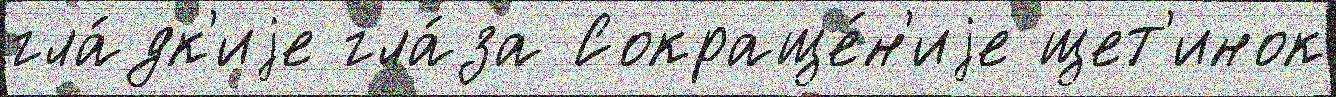
гла́дк'иjе гла́за Сокраще́н'иjе щет'инок